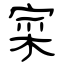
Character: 寀